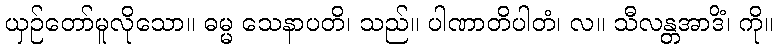
ယှဉ်တော်မူလိုသော။ ဓမ္မ သေနာပတိ၊ သည်။ ပါဏာတိပါတံ၊ လ။ သီလန္တအာဒိံ၊ ကို။